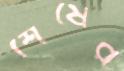
শেষের